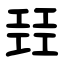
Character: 㠭